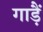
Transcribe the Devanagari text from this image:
गाड़ैं